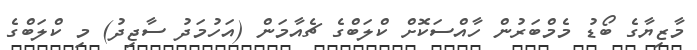
މާޒިޔާގެ ބޯޑު މެމްބަރުން ހާއްސަކޮށް ކްލަބްގެ ޗެއާމަން (އަހުމަދު ސާޖިދު) މި ކްލަބްގެ